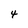
Character: 4